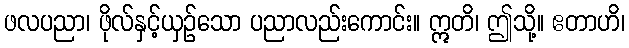
ဖလပညာ၊ ဖိုလ်နှင့်ယှဉ်သော ပညာလည်းကောင်း။ ဣတိ၊ ဤသို့။ ဧတာဟိ၊